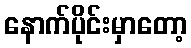
နောက်ပိုင်းမှာတော့